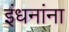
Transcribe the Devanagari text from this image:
इंधनांना